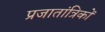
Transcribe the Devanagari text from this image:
प्रजातांत्रिकों